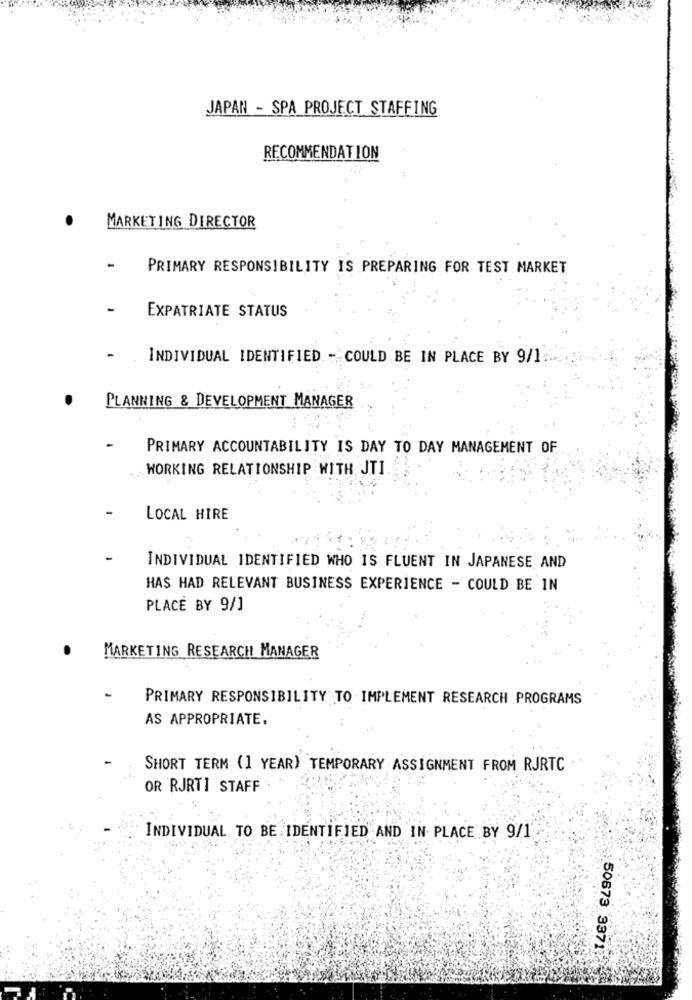
JAPAN - SPA PROJECT STAFFING
RECOMMENDATION
.
MARKETING DIRECTOR
PRIMARY RESPONSIBILITY IS PREPARING FOR TEST MARKET
EXPATRIATE STATUS
-
INDIVIDUAL IDENTIFIED .- COULD BE IN PLACE BY 9/1:
PLANNING & DEVELOPMENT MANAGER
PRIMARY ACCOUNTABILITY IS DAY TO DAY MANAGEMENT OF
WORKING RELATIONSHIP WITH JTI
LOCAL HIRE
INDIVIDUAL IDENTIFIED WHO IS FLUENT IN JAPANESE AND
HAS HAD RELEVANT BUSINESS EXPERIENCE - COULD BE IN
PLACE BY 9/1
MARKETING RESEARCH MANAGER
PRIMARY RESPONSIBILITY TO IMPLEMENT RESEARCH PROGRAMS
AS APPROPRIATE.
SHORT TERM (1 YEAR) TEMPORARY ASSIGNMENT FROM RJRTC
OR RJRTI STAFF
INDIVIDUAL TO BE IDENTIFIED AND IN PLACE BY 9/1
: 50673 3371